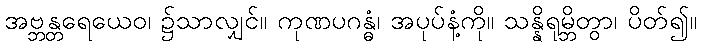
အဗ္ဘန္တရေယေဝ၊ ၌သာလျှင်။ ကုဏပဂန္ဓံ၊ အပုပ်နံ့ကို။ သန္နိရုမ္ဘိတွာ၊ ပိတ်၍။